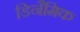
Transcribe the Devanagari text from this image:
डिनैमिक